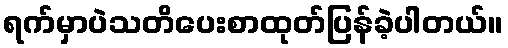
ရက်မှာပဲသတိပေးစာထုတ်ပြန်ခဲ့ပါတယ်။